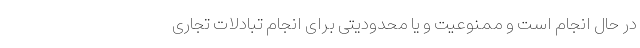
در حال انجام است و ممنوعیت و یا محدودیتی برای انجام تبادلات تجاری